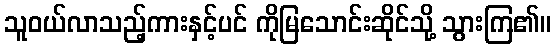
သူဝယ်လာသည့်ကားနှင့်ပင် ကိုမြသောင်းဆိုင်သို့ သွားကြ၏။